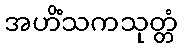
အဟိံသကသုတ္တံ